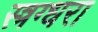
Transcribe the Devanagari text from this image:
स्त्रग्धरा